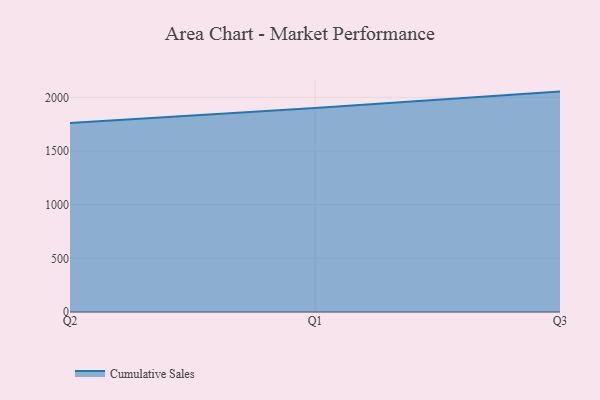
{"axis": {"x": "Quarter", "y": "Population (Million)"}, "legend": ["Cumulative Sales"], "data": [{"x": "Q2", "y": 1760.8, "type": "Cumulative Sales"}, {"x": "Q1", "y": 1901.6, "type": "Cumulative Sales"}, {"x": "Q3", "y": 2053.5, "type": "Cumulative Sales"}]}